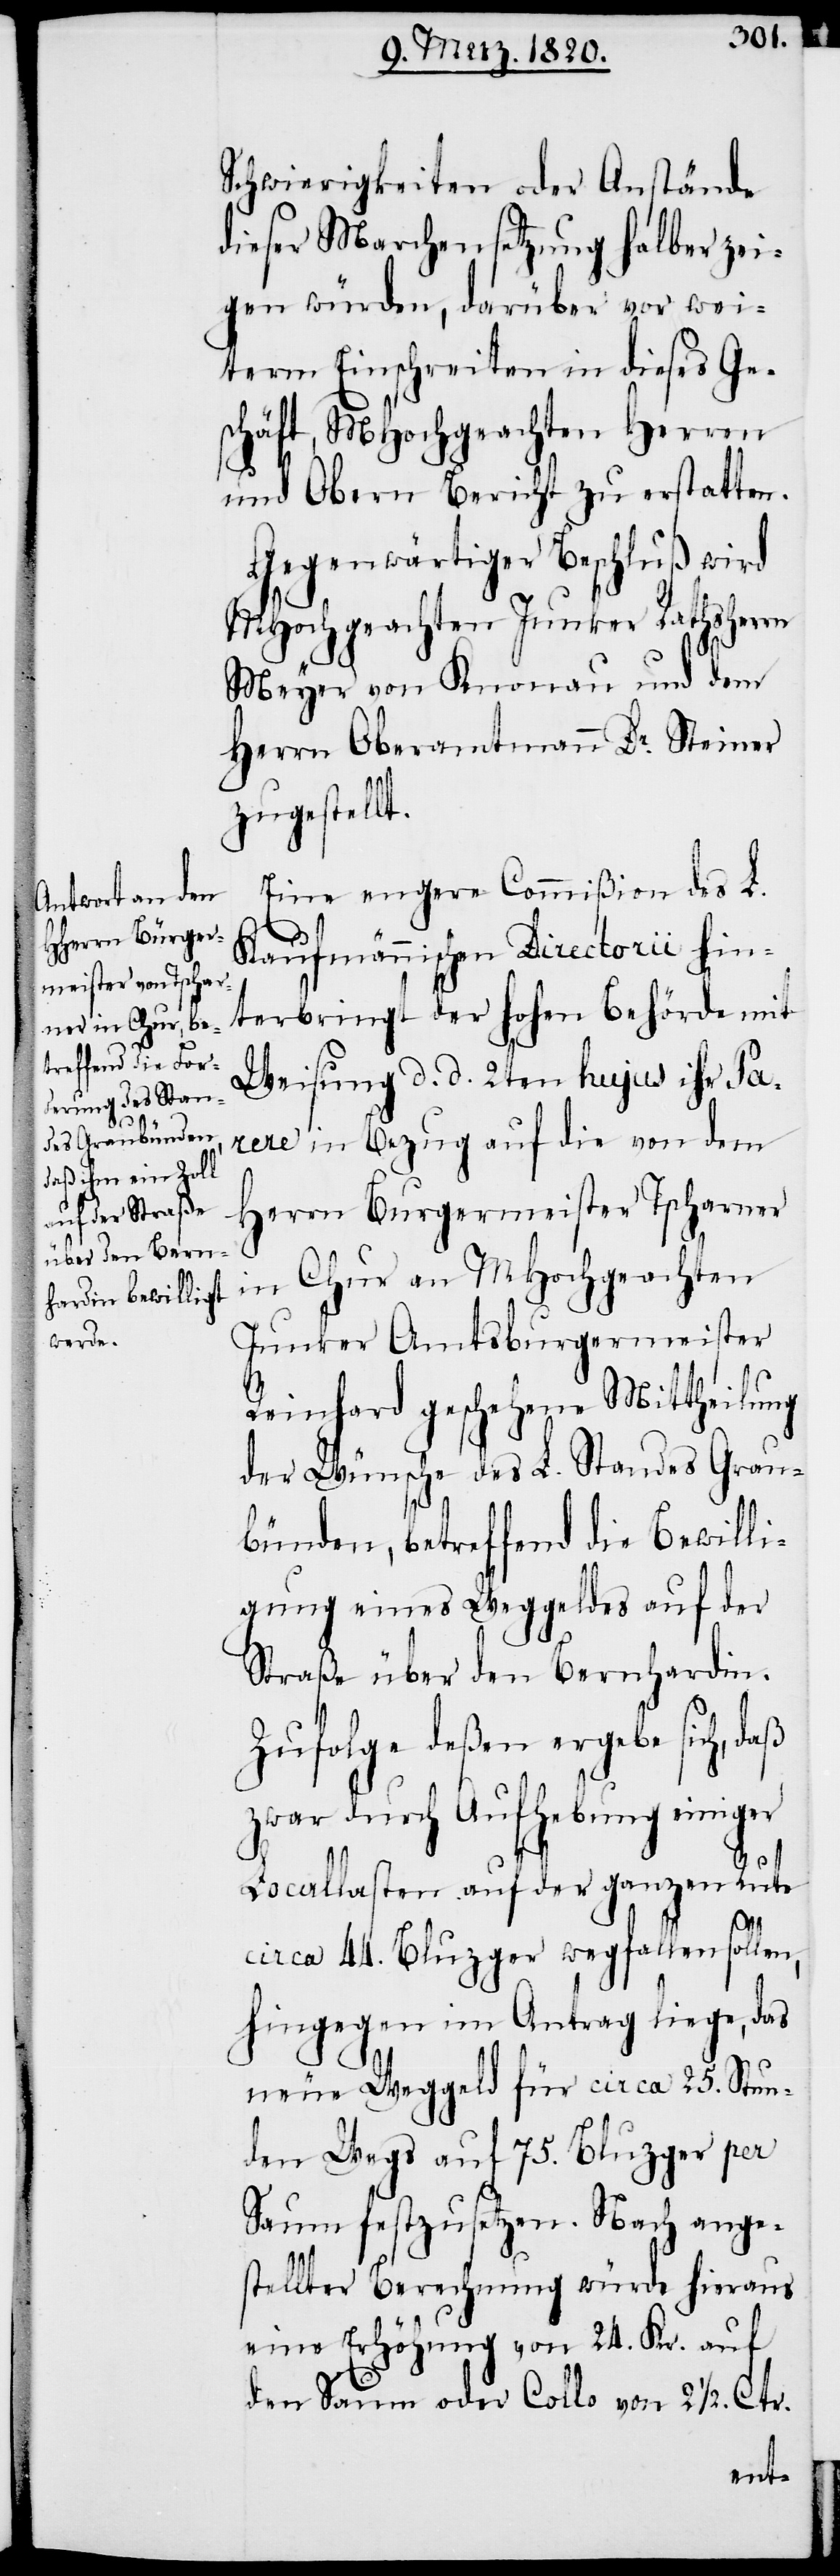
Schwierigkeiten oder Anstände
dieser Marchensetzung halber zei¬
gen würden, darüber vor wei¬
term Einschreiten in dieses Ge¬
schäft, MHochgeachten Herren
und Obern Bericht zu erstatten.
Gegenwärtiger Beschluß wird
MHochgeachten Junker Rathsherrn
Meyer von Knonau und dem
Herrn Oberamtmann Dr. Steiner
zugestellt.
Eine engere Commißion des L.
Kaufmännischen Directorii hin¬
terbringt der hohen Behörde mit
Weisung d. d. 2ten hujus ihr Pa¬
rere in Bezug auf die von dem
Herrn Burgermeister Tscharner
in Chur an MHochgeachten
Junker Amtsburgermeister
Reinhard geschehene Mittheilung
der Wünsche des L. Standes Grau¬
bünden, betreffend die Bewilli¬
gung eines Weggeldes auf der
Straße über den Bernhardin.
Zufolge deßen ergebe sich, daß
zwar durch Aufhebung einiger
Locallasten auf der ganzen Rute
circa 44. Bluzger wegfallen sollen,
hingegen im Antrag liege, das
neue Weggeld für circa 25. Stun¬
den Wegs auf 75. Bluzger per
Saum festzusetzen. Nach ange¬
stellter Berechnung würde hieraus
eine Erhöhung von 24. Kr. auf
den Saum oder Collo von 2 ½. Ctr.